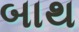
બાથ